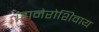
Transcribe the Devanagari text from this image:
जानेरोशिवाय